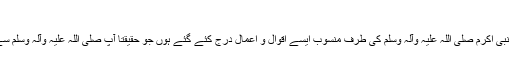
کتب احادیث الموضوعۃ
ایسی کتب جن میں حضور نبی اکرم صلی اللہ علیہ وآلہ وسلم کی طرف منسوب ایسے اقوال و اعمال درج کئے گئے ہوں جو حقیقتاً آپ صلی اللہ علیہ وآلہ وسلم سے صادر ہی نہ ہوئے ہوں۔